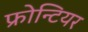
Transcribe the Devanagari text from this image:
फ्रोन्टियर